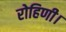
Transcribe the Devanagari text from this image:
रोहिणी।